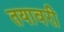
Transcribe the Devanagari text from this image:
तयावरी